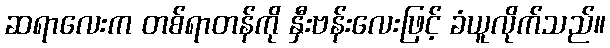
ဆရာလေးက တစ်ရာတန်ကို နှီးဗန်းလေးဖြင့် ခံယူလိုက်သည်။